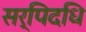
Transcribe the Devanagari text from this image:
सर्पिदधि